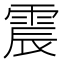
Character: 震